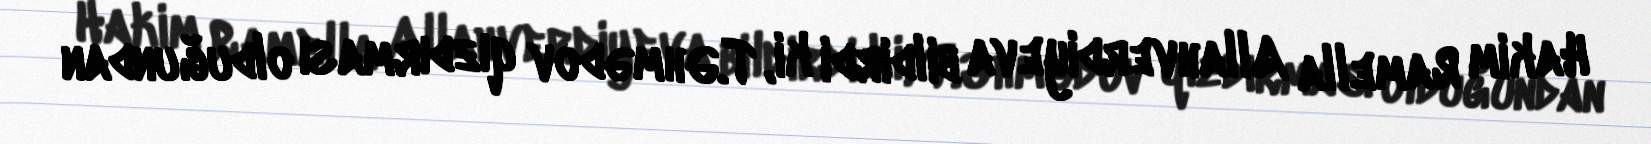
Hakim Ramella Allahverdiyeva bildirdi ki, T.Əhmədov qızdırması olduğundan